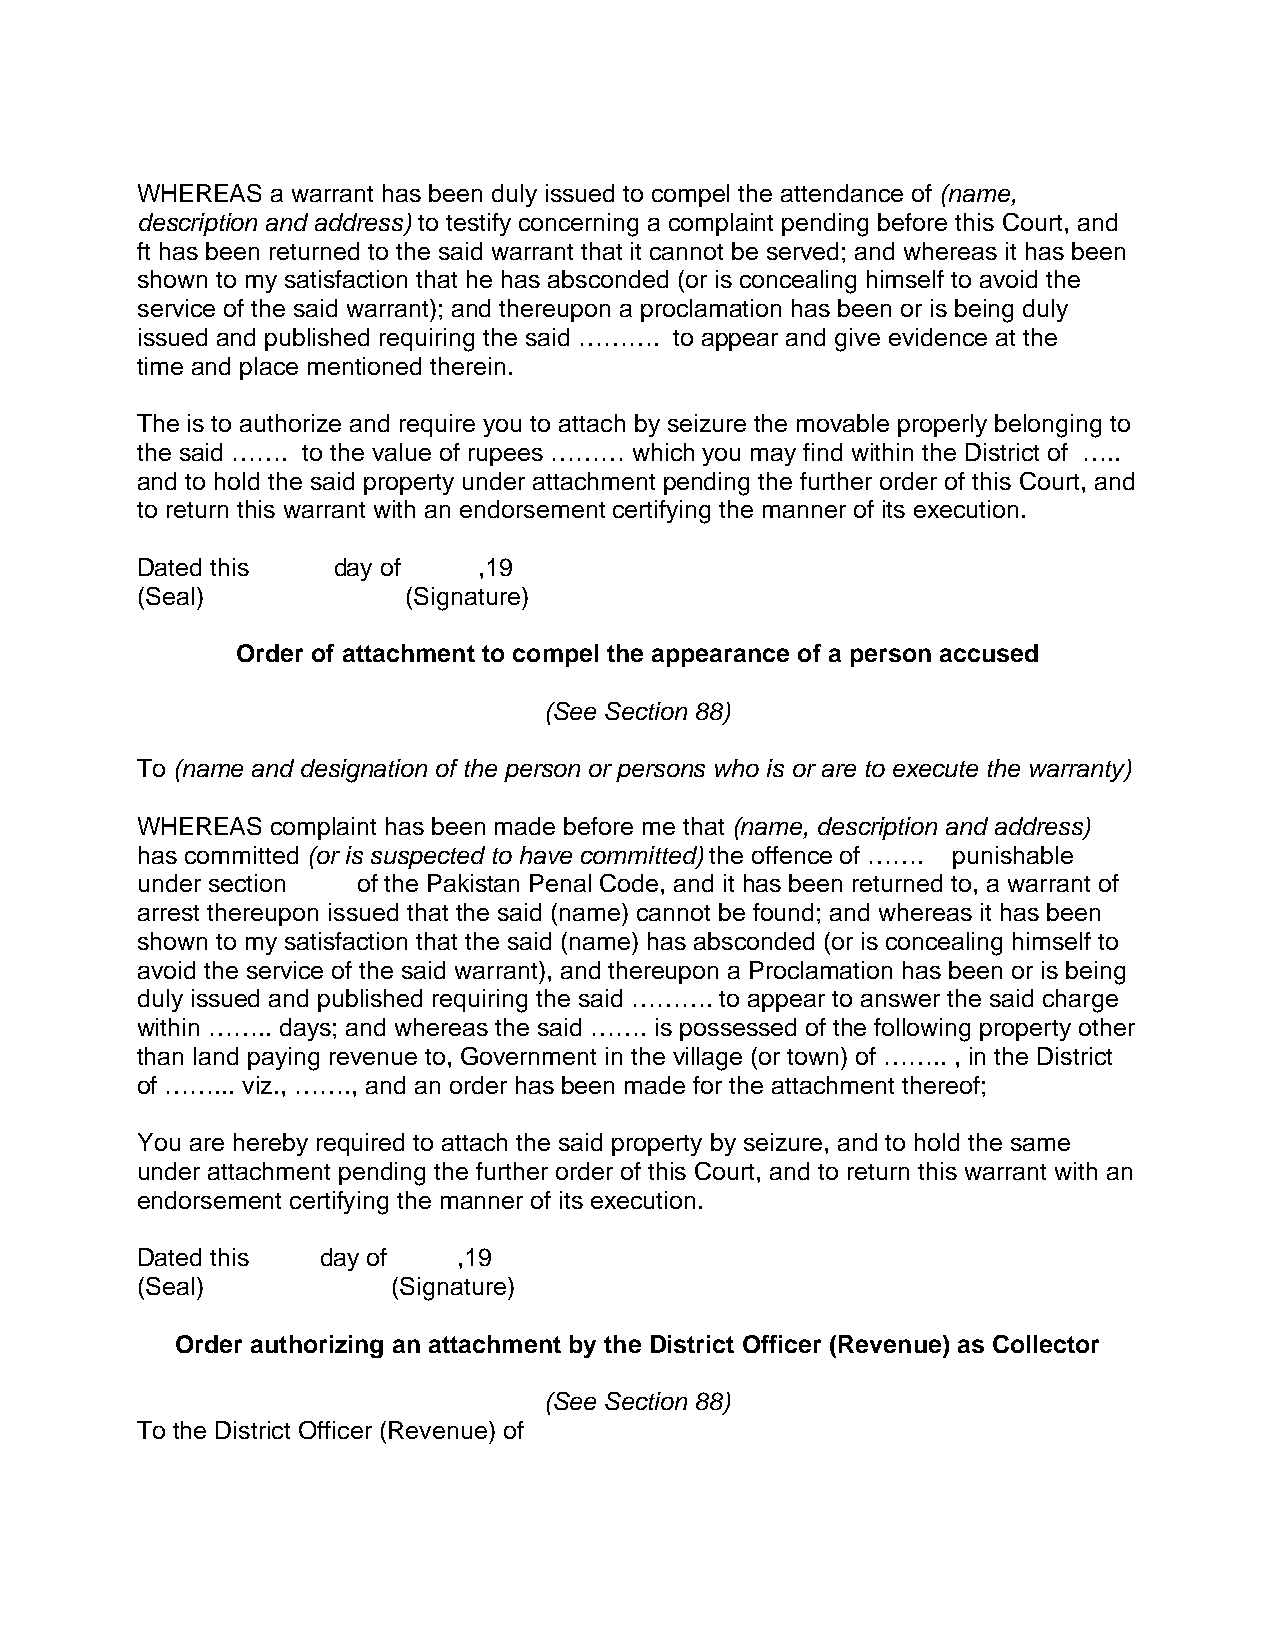
WHEREAS  a warrant has been duly issued to compel the attendance of (name,
 description and address) to testify concerning a complaint pending before this Court, and
 ft has been returned to the said warrant that it cannot be served; and whereas it has been
 shown to my satisfaction that he has absconded (or is concealing himself to avoid the
 service of the said warrant); and thereupon a proclamation has been or is being duly
 issued and published requiring the said ………. to appear and give evidence at the
 time and place mentioned therein.
 The is to authorize and require you to attach by seizure the movable properly belonging to
 the said ……. to the value of rupees ……… which you may find within the District of …..
 and to hold the said property under attachment pending the further order of this Court, and
 to return this warrant with an endorsement certifying the manner of its execution.
 Dated this   day of    ,19
 (Seal)            (Signature)
 Order of attachment to compel the appearance of a person accused
 (See Section 88)
 To (name and designation of the person or persons who is or are to execute the warranty)
 WHEREAS  complaint has been made before me that (name, description and address)
 has committed (or is suspected to have committed) the offence of ……. punishable
 under section  of the Pakistan Penal Code, and it has been returned to, a warrant of
 arrest thereupon issued that the said (name) cannot be found; and whereas it has been
 shown to my satisfaction that the said (name) has absconded (or is concealing himself to
 avoid the service of the said warrant), and thereupon a Proclamation has been or is being
 duly issued and published requiring the said ………. to appear to answer the said charge
 within …….. days; and whereas the said ……. is possessed of the following property other
 than land paying revenue to, Government in the village (or town) of …….. , in the District
 of ……... viz., ……., and an order has been made for the attachment thereof;
 You are hereby required to attach the said property by seizure, and to hold the same
 under attachment pending the further order of this Court, and to return this warrant with an
 endorsement certifying the manner of its execution.
 Dated this  day of   ,19
 (Seal)           (Signature)
 Order authorizing an attachment by the District Officer (Revenue) as Collector
 (See Section 88)
 To the District Officer (Revenue) of